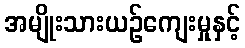
အမျိုးသားယဉ်ကျေးမှုနှင့်